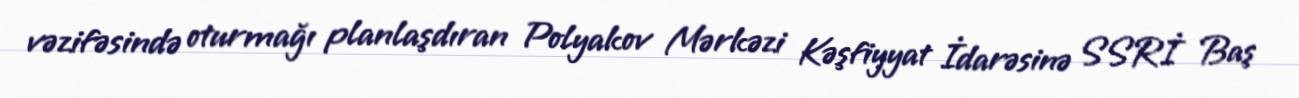
vəzifəsində oturmağı planlaşdıran Polyakov Mərkəzi Kəşfiyyat İdarəsinə SSRİ Baş